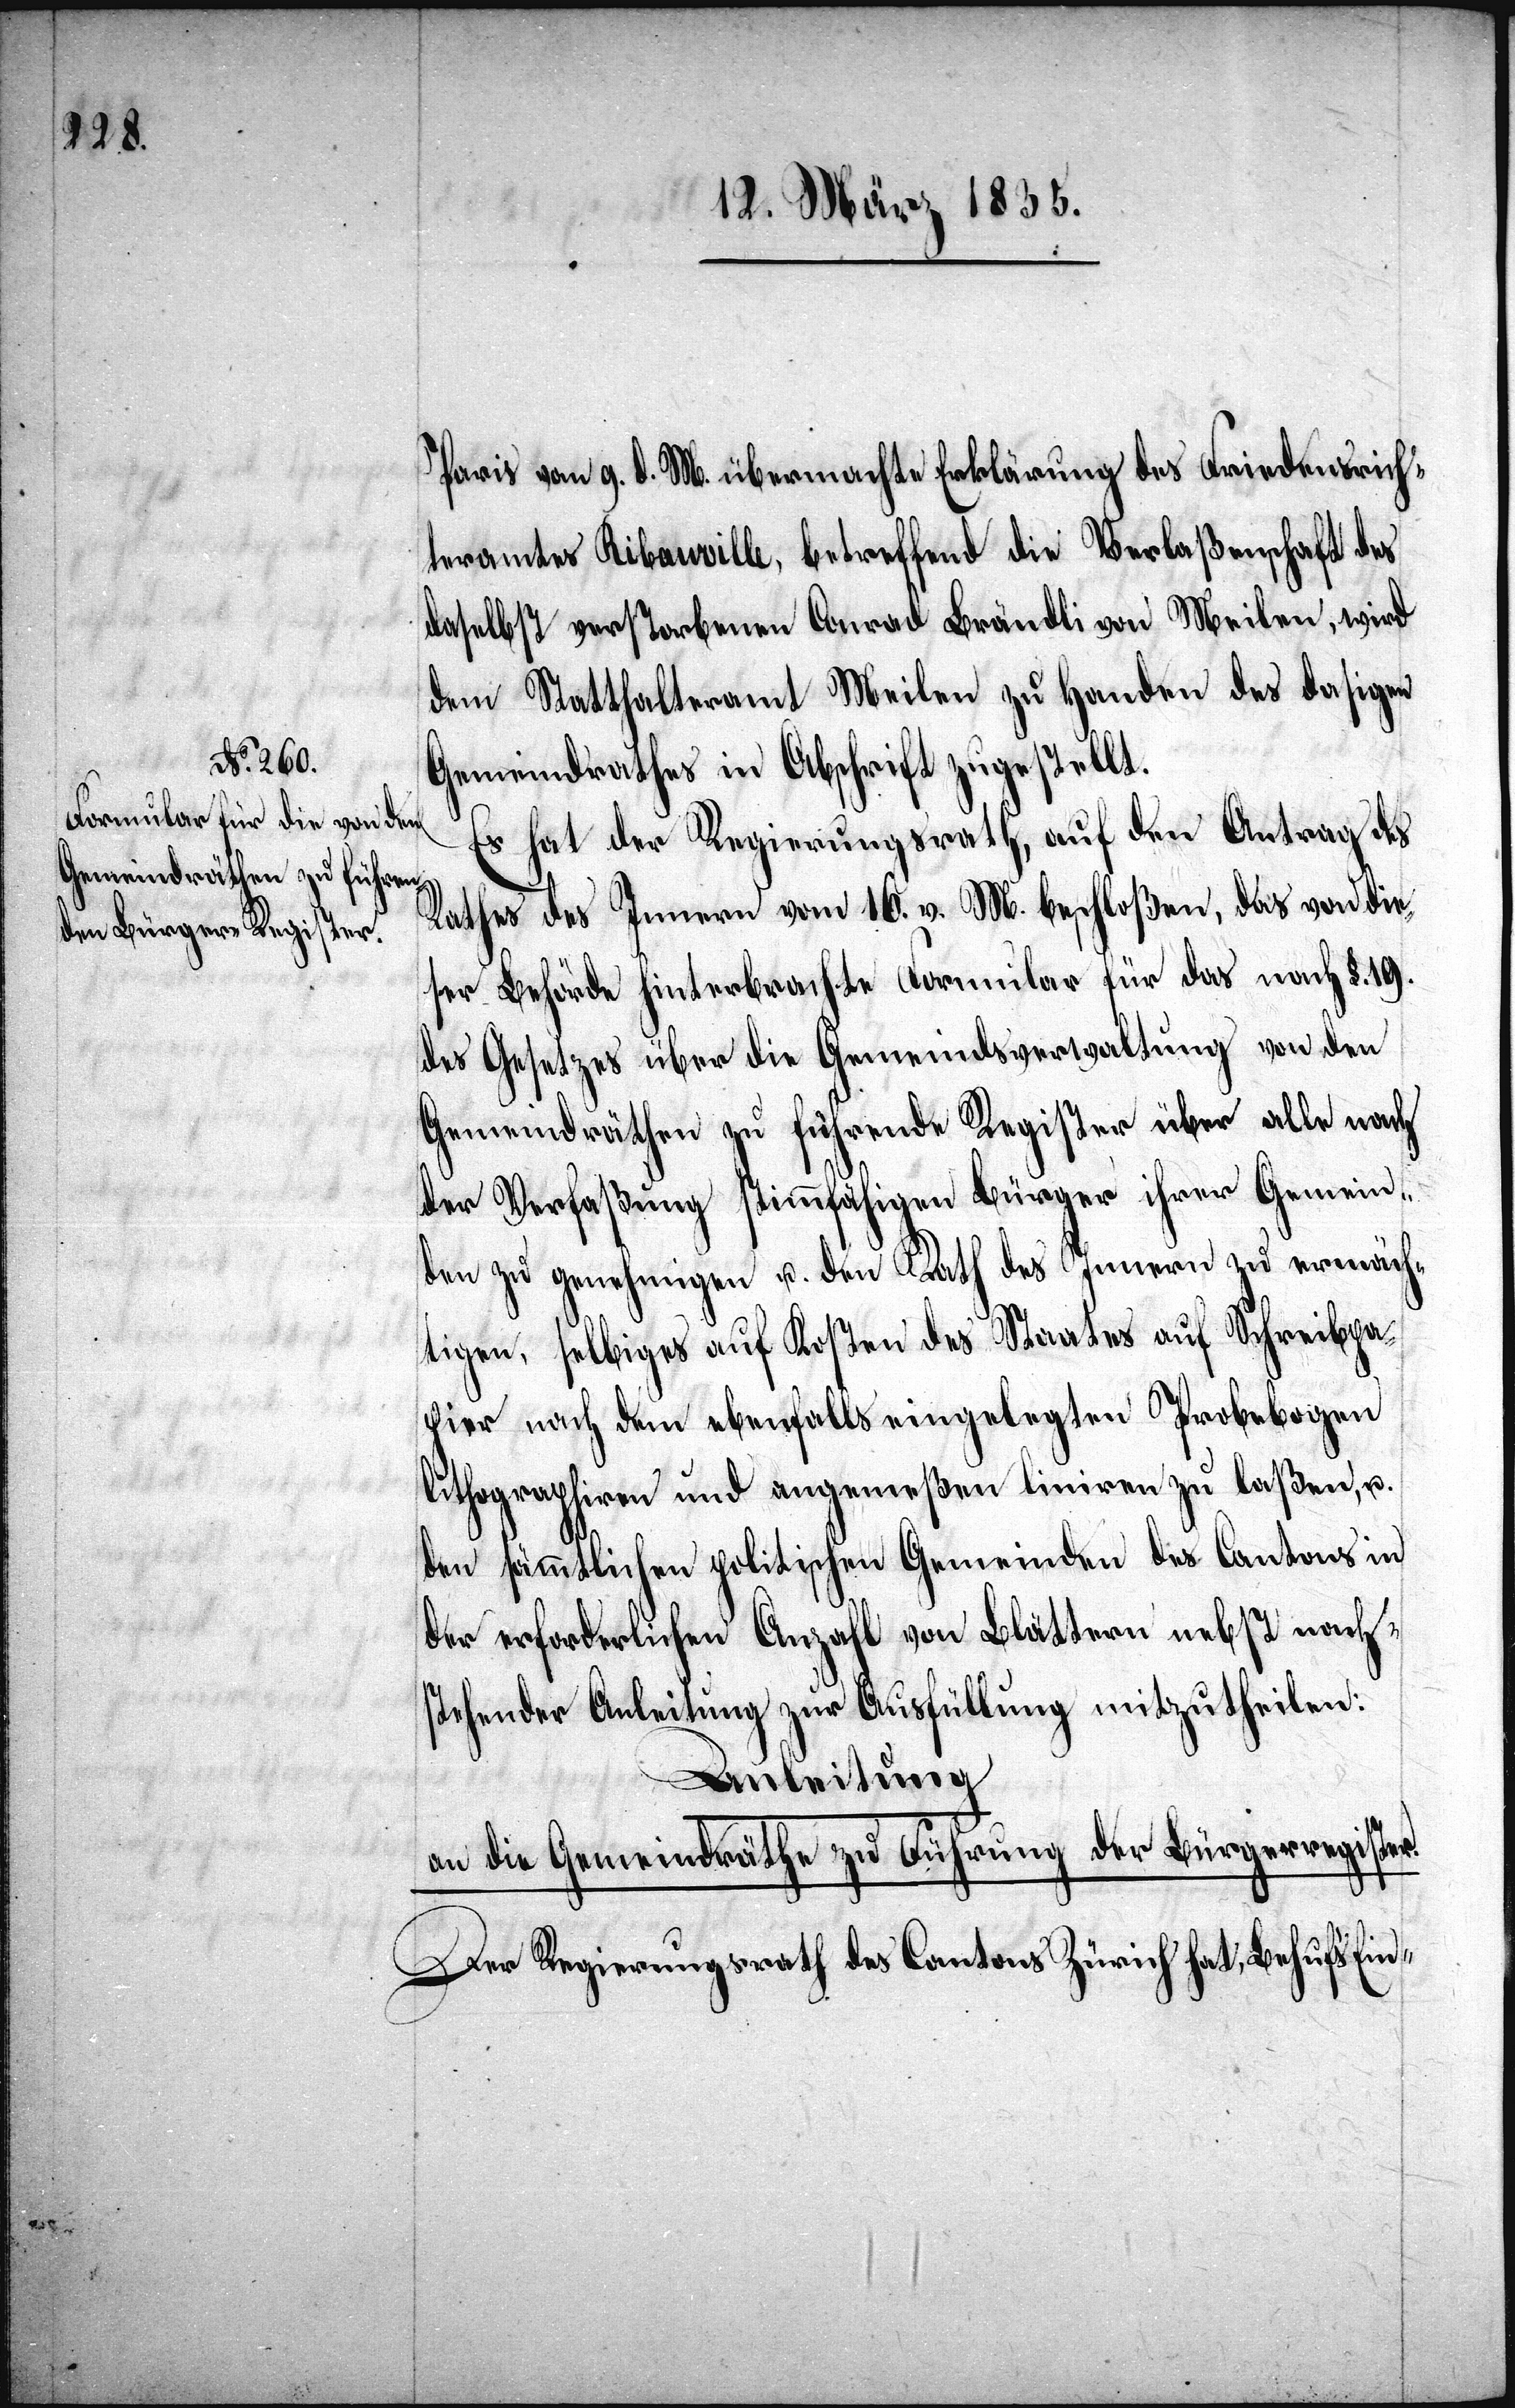
Paris vom 9. d. M. übermachte Erklärung des Friedensricht¬
eramtes Ribauville, betreffend die Verlaßenschaft des
daselbst verstorbenen Conrad Brändli von Meilen, wird
dem Statthalteramt Meilen zu Handen des dasigen
Gemeindrathes in Abschrift zugestellt.
Es hat der Regierungsrath, auf den Antrag des
Rathes des Innern vom 16. v. M. beschloßen, das von die¬
ser Behörde hinterbrachte Formular für das nach §. 19.
des Gesetzes über die Gemeindsverwaltung von den
Gemeindräthen zu führende Register über alle nach
der Verfaßung stimmfähigen Bürger ihrer Gemein¬
de zu genehmigen u. den Rath des Innern zu ermäch¬
tigen, selbiges auf Kosten des Staates auf Schreibpa¬
pier nach dem ebenfalls eingelegten Probebogen
lithographiren und angemeßen liniren zu laßen, u.
den sämmtlichen politischen Gemeinden des Cantons in
der erforderlichen Anzahl von Blättern nebst nach¬
stehender Anleitung zur Ausfüllung mitzutheilen:
Anleitung
an die Gemeindräthe zu Führung der Bürgerregister.
Der Regierungsrath des Cantons Zürich hat, Behufs Ein-